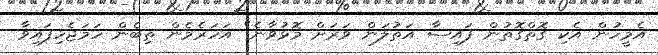
އެމީހުން އެކި ގޮތްގޮތުން ފައިސާ އަތުލަން ވަރަށް މޮޅުވާނެ" އަހަރެމެން ތިބެން ހަމަޖެހިފައިވާ